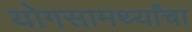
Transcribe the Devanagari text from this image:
योगसामर्थ्यांचा